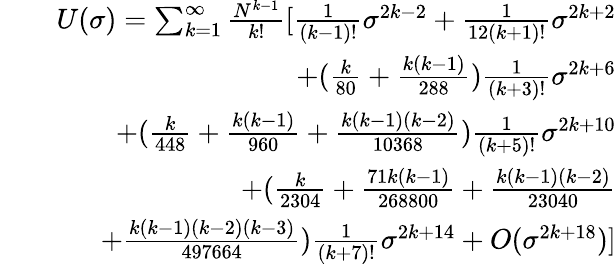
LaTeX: \begin{array}{rlr}&{}&{U(\sigma)=\sum_{k=1}^{\infty}\frac{N^{k-1}}{k!}[\frac{1}{(k-1)!}\sigma^{2k-2}+\frac{1}{12(k+1)!}\sigma^{2k+2}}\\ &{}&{+(\frac{k}{80}+\frac{k(k-1)}{288})\frac{1}{(k+3)!}\sigma^{2k+6}}\\ &{}&{+(\frac{k}{448}+\frac{k(k-1)}{960}+\frac{k(k-1)(k-2)}{10368})\frac{1}{(k+5)!}\sigma^{2k+10}}\\ &{}&{+(\frac{k}{2304}+\frac{71k(k-1)}{268800}+\frac{k(k-1)(k-2)}{23040}}\\ &{}&{+\frac{k(k-1)(k-2)(k-3)}{497664})\frac{1}{(k+7)!}\sigma^{2k+14}+O(\sigma^{2k+18})]}\end{array}